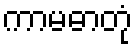
ကာမဓာတုံ